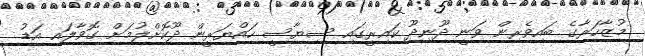
މުޒާހަރާގެ ބައިވެރިން ވަނީ ދޫނިދޫ ކައިރީގައި ސިޔާސީ ހައްޔަރީން ދޫކޮށްލުމަށް ގޮވާލައި އަޑު